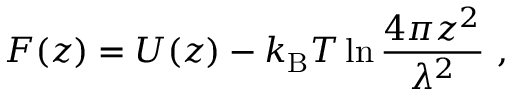
F ( z ) = U ( z ) - k _ { \mathrm { B } } T \ln \frac { 4 \pi z ^ { 2 } } { \lambda ^ { 2 } } \ ,